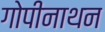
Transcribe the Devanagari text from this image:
गोपीनाथन